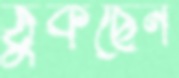
ঠুকছেন